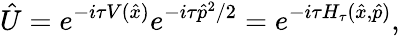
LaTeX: \hat{U}=e^{-i\tau V(\hat{x})}e^{-i\tau\hat{p}^{2}/2}=e^{-i\tau H_{\tau}(\hat{x},\hat{p})},